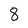
Character: 8